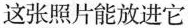
这张照片能放进它